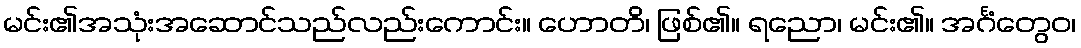
မင်း၏အသုံးအဆောင်သည်လည်းကောင်း။ ဟောတိ၊ ဖြစ်၏။ ရညော၊ မင်း၏။ အင်္ဂံတွေဝ၊